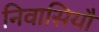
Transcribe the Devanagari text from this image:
निवासियौं